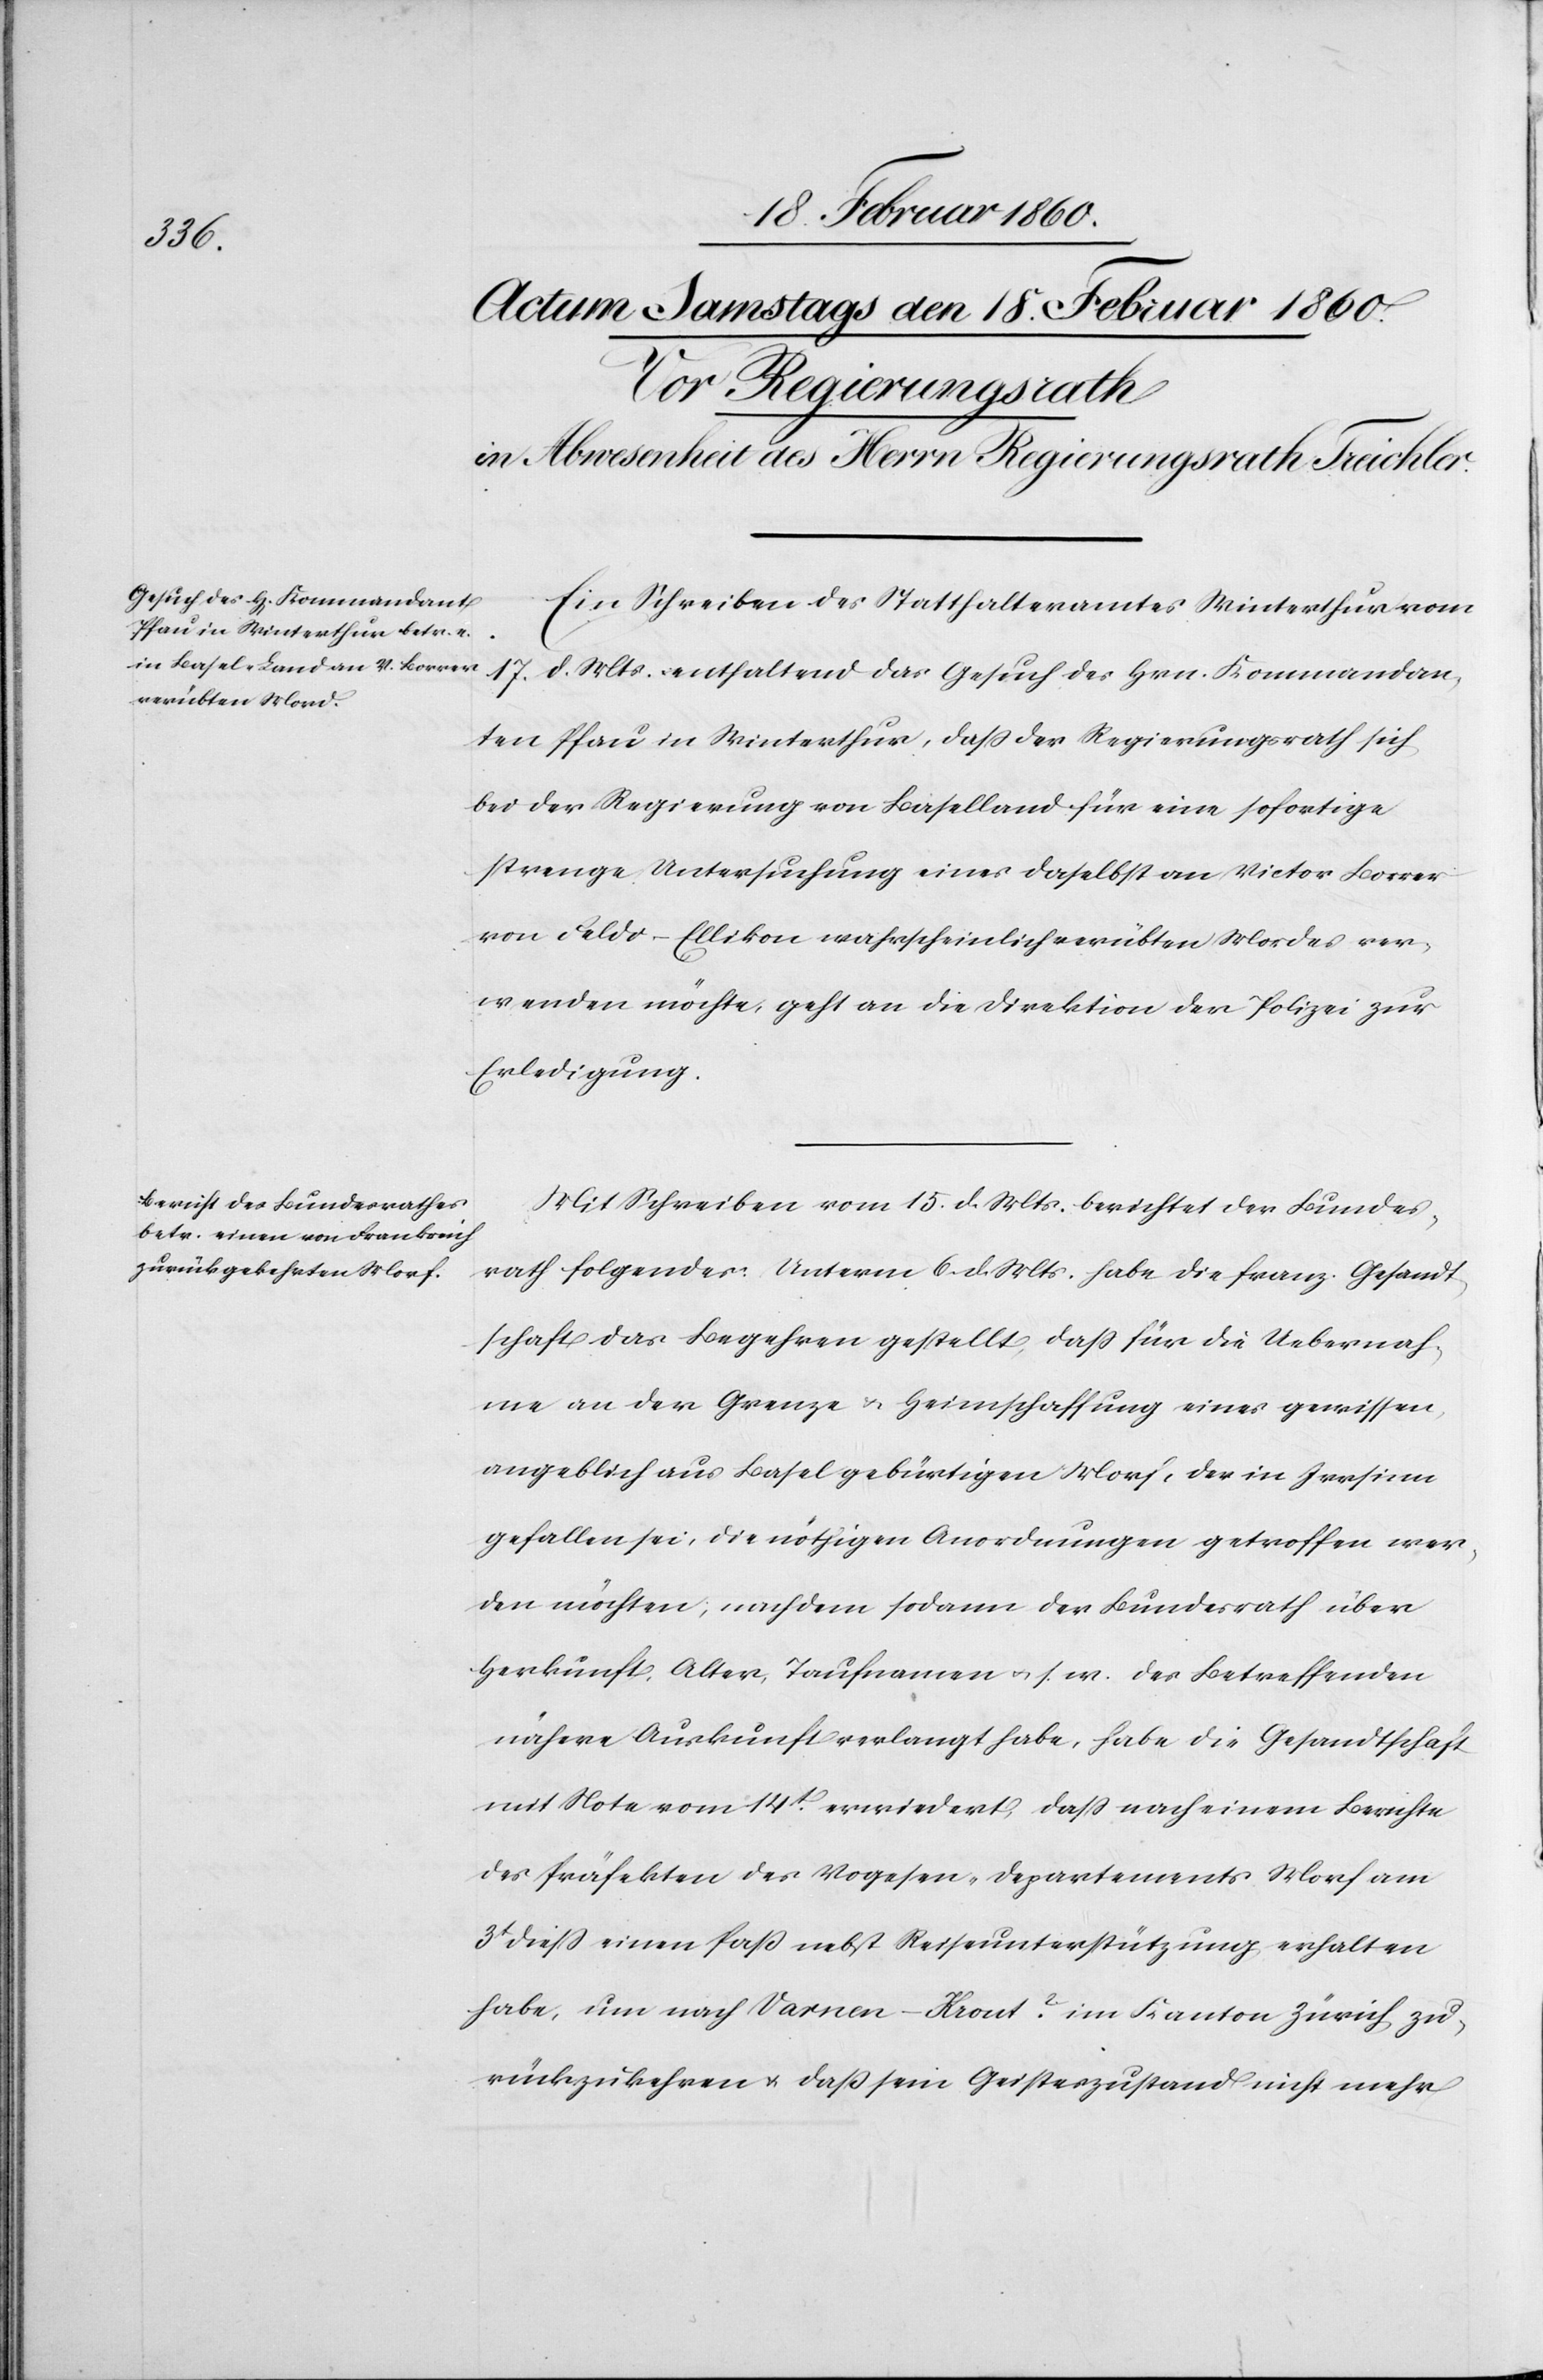
Ein Schreiben des Statthalteramtes Winterthur vom
17. d. Mts enthaltend das Gesuch des Hrn. Kommandan¬
ten Pfau in Winterthur, dass der Regierungsrath sich
bei der Regierung von Baselland für eine sofortige
strenge Untersuchung eines daselbst an Victor Borrer
von Feld-Ellikon wahrscheinlich verübten Mordes ver¬
wenden möchte, geht an die Direktion der Polizei zur
Erledigung.
Mit Schreiben vom 15. d. Mts. berichtet der Bundes¬
rath folgendes: Unterm 6. d. Mts. habe die franz. Gesandt¬
schaft das Begehren gestellt, dass für die Uebernah¬
me an der Grenze u. Heimschaffung eines gewissen
angeblich aus Basel gebürtigen Morf, der in Irrsinn
gefallen sei, die nöthigen Anordnungen getroffen wer¬
den möchten, nachdem sodann der Bundesrath über
Herkunft, Alter, Taufnahmen u. s. w. des Betreffenden
nähere Auskunft verlangt habe, habe die Gesandtschaft
mit Note vom 14t erwiedert, dass nach einem Berichte
des Präfekten des Vogesen-Departement Morf am
3t diess einen Pass nebst Reiseunterstützung erhalten
habe, um nach Vernen-Heont ? im Kanton Zürich zu¬
rückzukehren u. dass sein Geisteszustand nicht mehr